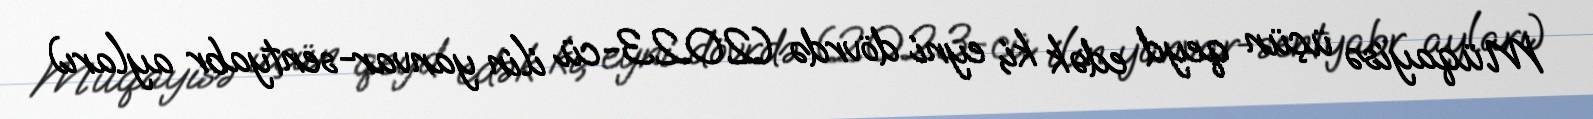
Müqayisə üçün qeyd edək ki, eyni dövrdə (2023-cü ilin yanvar-sentyabr ayları)